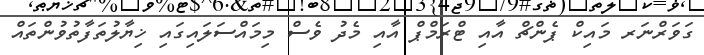
ގަވަރްނަރ މައިކް ޕެންޗް އާއި ޓްރަމްޕް އާއި މެދު ވެސް މިމައްސަލައިގައި ޚިޔާލުތަފާތުވުންތައް